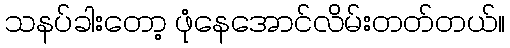
သနပ်ခါးတော့ ဖုံနေအောင်လိမ်းတတ်တယ်။